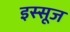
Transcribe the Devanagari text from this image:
इस्सूज